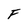
Character: F